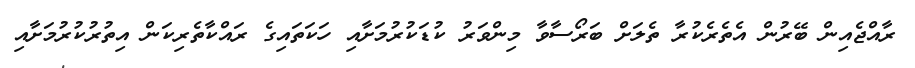
ރާއްޖެއިން ބޭރުން އެތެރެކުރާ ތެލަށް ބަރޯސާވާ މިންވަރު ކުޑަކުރުމަށާއި ހަކަތައިގެ ރައްކާތެރިކަން އިތުރުކުރުމަށާއި